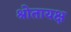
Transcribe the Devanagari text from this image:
श्रोतायक्ष